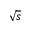
\sqrt { s }